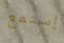
إستمع